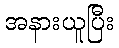
အနားယူပြီး